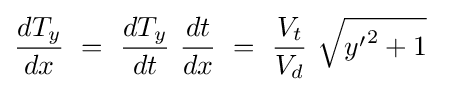
{\frac {dT_{y}}{dx}}\ =\ {\frac {dT_{y}}{dt}}\ {\frac {dt}{dx}}\ =\ {\frac {V_{t}}{V_{d}}}\ {\sqrt {{y'}^{2}+1}}~